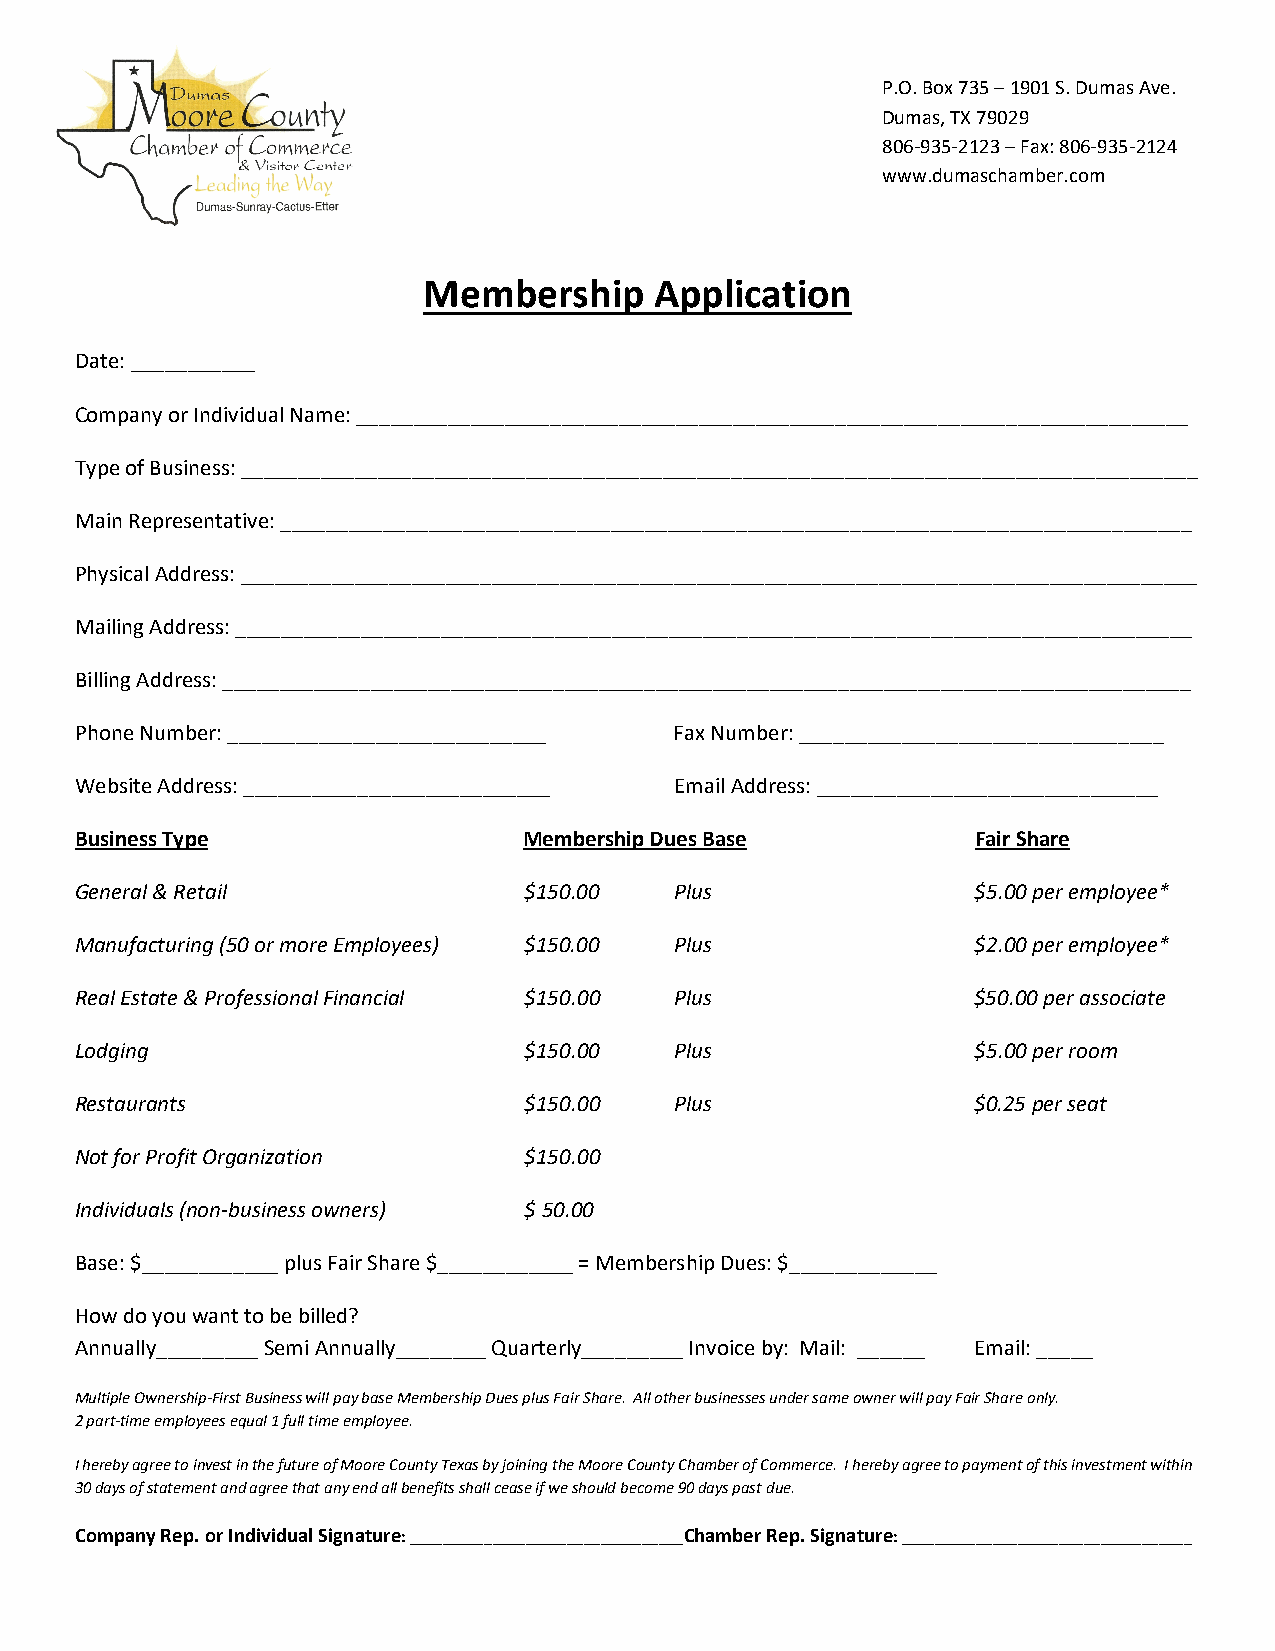
P.O. Box 735 – 1901 S. Dumas Ave.
 Dumas, TX 79029
 806-935-2123 – Fax: 806-935-2124
 www.dumaschamber.com
 Membership     Application
 Date: ___________
 Company or Individual Name: _________________________________________________________________________
 Type of Business: ____________________________________________________________________________________
 Main Representative: ________________________________________________________________________________
 Physical Address: ____________________________________________________________________________________
 Mailing Address: ____________________________________________________________________________________
 Billing Address: _____________________________________________________________________________________
 Phone Number: ____________________________ Fax Number: ________________________________
 Website Address: ___________________________ Email Address: ______________________________
 Business Type                 Membership Dues Base          Fair Share
 General & Retail              $150.00   Plus                $5.00 per employee*
 Manufacturing (50 or more Employees) $150.00 Plus           $2.00 per employee*
 Real Estate & Professional Financial $150.00 Plus           $50.00 per associate
 Lodging                       $150.00   Plus                $5.00 per room
 Restaurants                   $150.00   Plus                $0.25 per seat
 Not for Profit Organization   $150.00
 Individuals (non-business owners) $ 50.00
 Base: $____________ plus Fair Share $____________ = Membership Dues: $_____________
 How do you want to be billed?
 Annually_________ Semi Annually________ Quarterly_________ Invoice by: Mail: ______ Email: _____
 Multiple Ownership-First Business will pay base Membership Dues plus Fair Share. All other businesses under same owner will pay Fair Share only.
 2 part-time employees equal 1 full time employee.
 I hereby agree to invest in the future of Moore County Texas by joining the Moore County Chamber of Commerce. I hereby agree to payment of this investment within
 30 days of statement and agree that any end all benefits shall cease if we should become 90 days past due.
 Company Rep. or Individual Signature: _________________________________Chamber Rep. Signature: ___________________________________